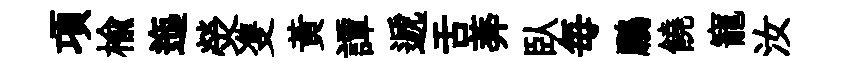
項榆迤熒㕠黃譚遞舌莾臥毎鵬饒寵汝